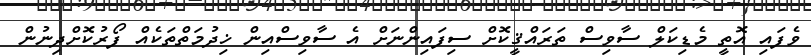
ވެފައި އޮތީ މެޑިކަލް ސާވިސް ތަރައްޤީކޮށް ސިފައިންނަށް އެ ސާވިސްއިން ޚިދުމަތްތަކެއް ފޯރުކޮށްދިނުން